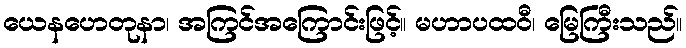
ယေနဟေတုနာ၊ အကြင်အကြောင်းဖြင့်။ မဟာပထဝီ၊ မြေကြီးသည်။